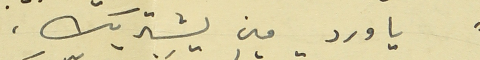
" يا ورد مين يشتريك،